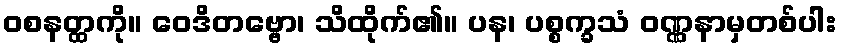
ဝစနတ္ထကို။ ဝေဒိတဗ္ဗော၊ သိထိုက်၏။ ပန၊ ပစ္စက္ခသံ ဝဏ္ဏနာမှတစ်ပါး